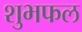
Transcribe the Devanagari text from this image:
शुभफल